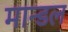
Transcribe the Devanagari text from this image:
मान्डल